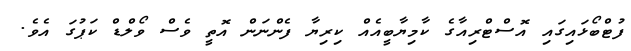
ފުޓްބޯޅައިގައި އޮސްޓްރިއާގެ ކާމިޔާބީއެއް ކިރިޔާ ފެންނަން އޮތީ ވެސް ވޯލްޑް ކަޕުގަ އެވެ.